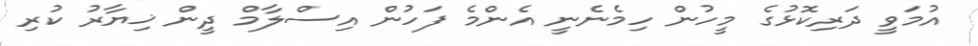
އުމަވީ ދަރިކޮޅުގެ މީހުން ހިމެނެނީ އެންމެ ފަހުން އިސްލާމް ދީން ޚިޔާރު ކުރި